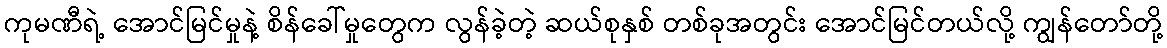
ကုမဏီရဲ့ အောင်မြင်မှုနဲ့ စိန်ခေါ်မှုတွေက လွန်ခဲ့တဲ့ ဆယ်စုနှစ် တစ်ခုအတွင်း အောင်မြင်တယ်လို့ ကျွန်တော်တို့